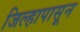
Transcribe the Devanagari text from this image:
जिल्हापासून